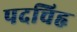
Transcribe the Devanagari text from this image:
पदचिहृ